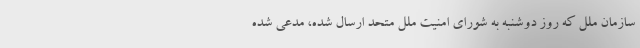
سازمان ملل که روز دوشنبه به شورای امنیت ملل متحد ارسال شده، مدعی شده